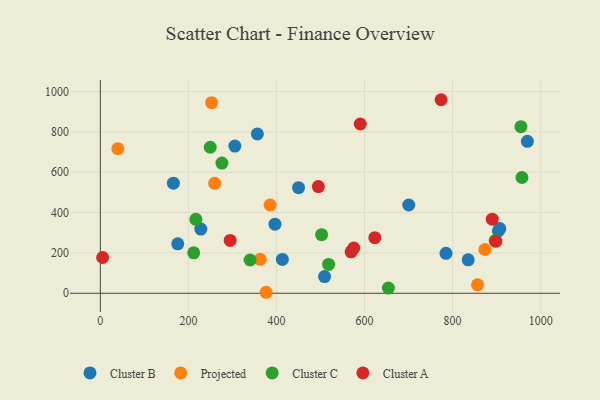
{"axis": {"x": "Price", "y": "Rating"}, "legend": ["Cluster A", "Cluster B", "Cluster C", "Projected"], "data": [{"x": "903.9", "y": 309.3, "type": "Cluster B"}, {"x": "396.6", "y": 342.4, "type": "Cluster B"}, {"x": "450.1", "y": 523.6, "type": "Cluster B"}, {"x": "700.4", "y": 437.6, "type": "Cluster B"}, {"x": "907.1", "y": 321.0, "type": "Cluster B"}, {"x": "356.6", "y": 790.2, "type": "Cluster B"}, {"x": "835.4", "y": 166.0, "type": "Cluster B"}, {"x": "969.8", "y": 753.2, "type": "Cluster B"}, {"x": "413.4", "y": 167.8, "type": "Cluster B"}, {"x": "785.0", "y": 198.0, "type": "Cluster B"}, {"x": "175.8", "y": 245.4, "type": "Cluster B"}, {"x": "509.2", "y": 82.8, "type": "Cluster B"}, {"x": "165.9", "y": 545.8, "type": "Cluster B"}, {"x": "305.5", "y": 729.8, "type": "Cluster B"}, {"x": "228.2", "y": 318.5, "type": "Cluster B"}, {"x": "856.6", "y": 41.9, "type": "Projected"}, {"x": "252.7", "y": 944.9, "type": "Projected"}, {"x": "873.4", "y": 217.1, "type": "Projected"}, {"x": "376.5", "y": 5.0, "type": "Projected"}, {"x": "259.7", "y": 545.2, "type": "Projected"}, {"x": "39.7", "y": 716.9, "type": "Projected"}, {"x": "362.9", "y": 168.4, "type": "Projected"}, {"x": "385.5", "y": 437.7, "type": "Projected"}, {"x": "957.5", "y": 573.9, "type": "Cluster C"}, {"x": "518.4", "y": 143.1, "type": "Cluster C"}, {"x": "212.0", "y": 200.7, "type": "Cluster C"}, {"x": "502.5", "y": 290.3, "type": "Cluster C"}, {"x": "896.6", "y": 261.5, "type": "Cluster C"}, {"x": "955.1", "y": 825.9, "type": "Cluster C"}, {"x": "340.0", "y": 165.0, "type": "Cluster C"}, {"x": "216.9", "y": 366.6, "type": "Cluster C"}, {"x": "654.2", "y": 25.7, "type": "Cluster C"}, {"x": "249.6", "y": 723.9, "type": "Cluster C"}, {"x": "276.1", "y": 645.6, "type": "Cluster C"}, {"x": "495.1", "y": 528.8, "type": "Cluster A"}, {"x": "890.0", "y": 367.2, "type": "Cluster A"}, {"x": "898.2", "y": 257.7, "type": "Cluster A"}, {"x": "623.4", "y": 275.8, "type": "Cluster A"}, {"x": "575.6", "y": 224.3, "type": "Cluster A"}, {"x": "569.5", "y": 205.5, "type": "Cluster A"}, {"x": "773.9", "y": 959.5, "type": "Cluster A"}, {"x": "294.8", "y": 261.8, "type": "Cluster A"}, {"x": "590.3", "y": 839.1, "type": "Cluster A"}, {"x": "5.2", "y": 177.5, "type": "Cluster A"}]}